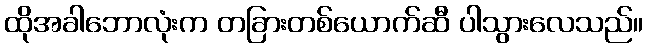
ထိုအခါဘောလုံးက တခြားတစ်ယောက်ဆီ ပါသွားလေသည်။